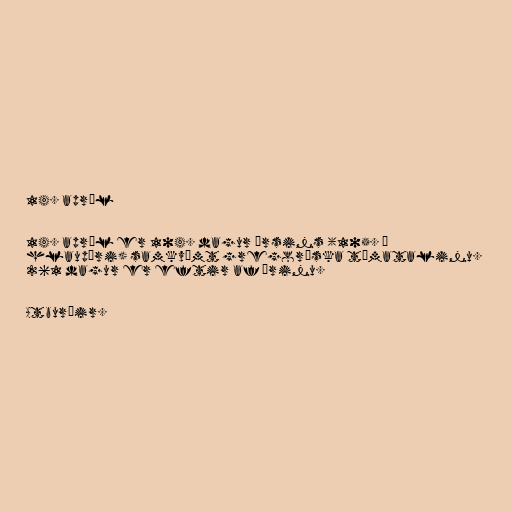
14. apríl

14. apríl er 104. dagur ársins (105. á
hlaupári) samkvæmt gregoríska tímatalinu.
261 dagur er eftir af árinu.

Atburðir.